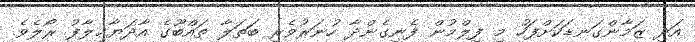
އަދި ޒަމާންގަނޑަކަށްފަހު މި ފިލްމުން ފެނިގެންދާ ހުނަރުވެރި ބަތަލާ ތައްބޫގެ އާދަޔާޚިލާފު ރޯލެވެ.